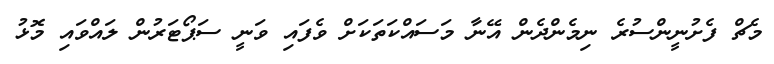
މެޗް ފެށުނީންސުރެ ނިމެންދެން އޭނާ މަސައްކަތަކަށް ވެފައި ވަނީ ސަޕޯޓަރުން ލައްވައި މޮޅު